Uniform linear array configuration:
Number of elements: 64
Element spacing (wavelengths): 0.25
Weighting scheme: exponential
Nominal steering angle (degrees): -15
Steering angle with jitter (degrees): -13.111
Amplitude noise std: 0.05
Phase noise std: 0.05

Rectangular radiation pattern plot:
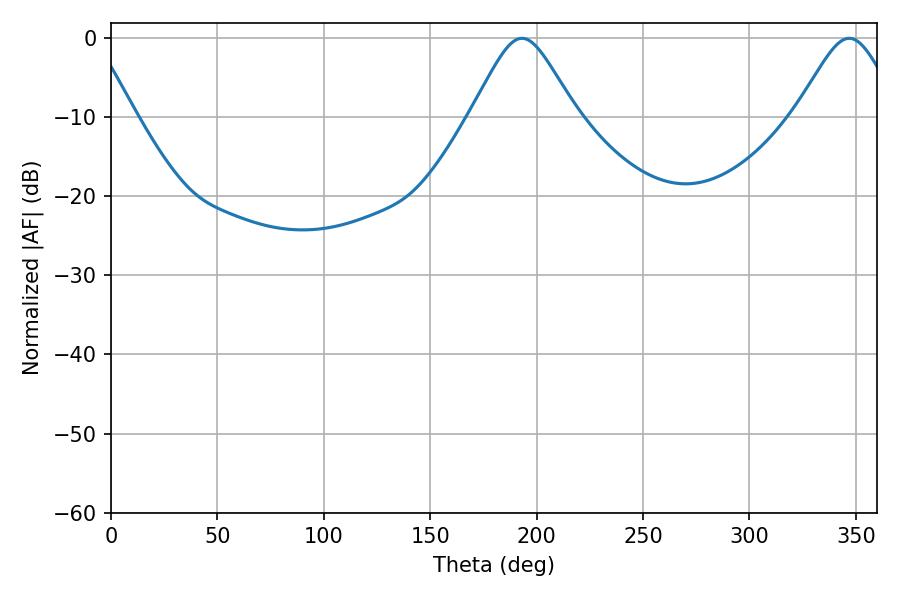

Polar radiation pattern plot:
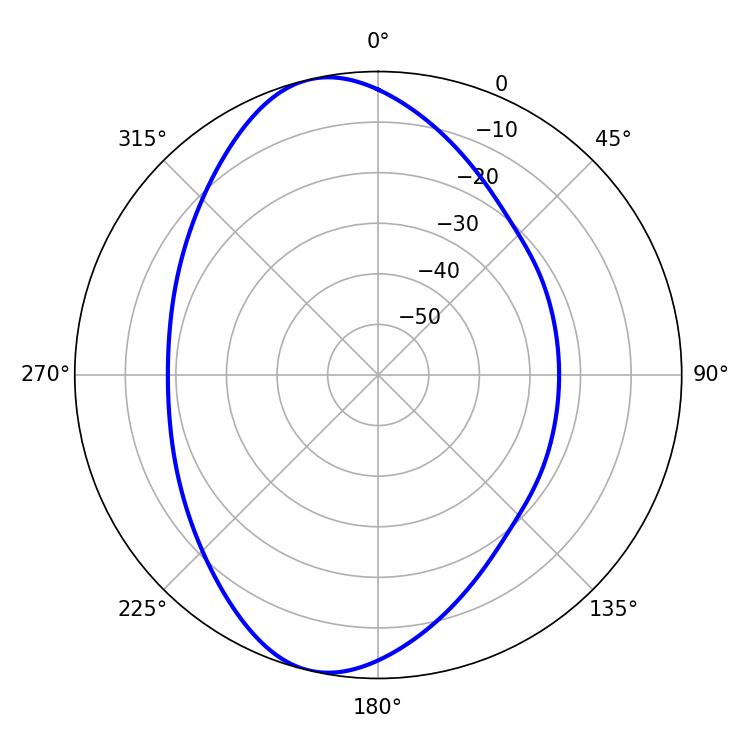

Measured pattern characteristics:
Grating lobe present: FALSE
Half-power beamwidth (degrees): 23.76
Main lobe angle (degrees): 193.14